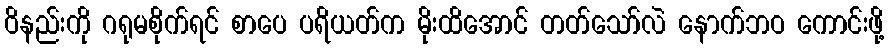
ဝိနည်းကို ဂရုမစိုက်ရင် စာပေ ပရိယတ်က မိုးထိအောင် တတ်သော်လဲ နောက်ဘဝ ကောင်းဖို့